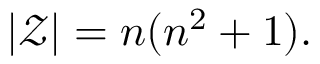
| { \mathcal { Z } } | = n ( n ^ { 2 } + 1 ) .